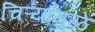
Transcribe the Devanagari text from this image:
चिऱ्यामुळे